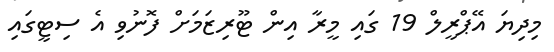
މިދިޔަ އޭޕްރީލް 19 ގައި މީރާ އިން ޓޫރިޒަމަށް ފޮނުވި އެ ސިޓީގައި